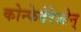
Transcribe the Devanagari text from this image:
कोन्फेदेरेओन्